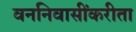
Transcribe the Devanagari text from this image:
वननिवासींकरीता